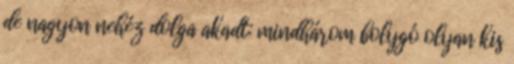
de nagyon nehéz dolga akadt: mindhárom bolygó olyan kis